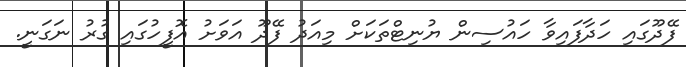
ފޭދޫގައި ހަދާފައިވާ ހައުސިން ޔުނިޓްތަކަށް މިއަދު ފޭދޫ އަވަށު އޮފީހުގައި ގުރު ނަގަނީ.